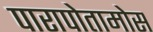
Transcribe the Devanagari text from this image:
पारापोतामोस